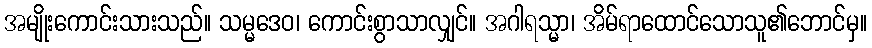
အမျိုးကောင်းသားသည်။ သမ္မဒေဝ၊ ကောင်းစွာသာလျှင်။ အဂါရသ္မာ၊ အိမ်ရာထောင်သောသူ၏ဘောင်မှ။